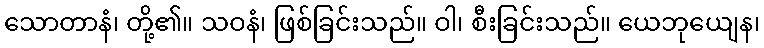
သောတာနံ၊ တို့၏။ သဝနံ၊ ဖြစ်ခြင်းသည်။ ဝါ၊ စီးခြင်းသည်။ ယေဘုယျေန၊